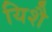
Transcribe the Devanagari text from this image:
यिशै